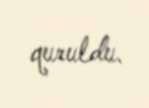
quruldu.